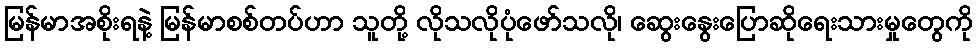
မြန်မာအစိုးရနဲ့ မြန်မာစစ်တပ်ဟာ သူတို့ လိုသလိုပုံဖော်သလို၊ ဆွေးနွေးပြောဆိုရေးသားမှုတွေကို